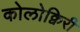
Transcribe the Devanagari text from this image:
कोलोक्विरी